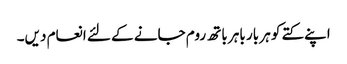
اپنے کتے کو ہر بار باہر باتھ روم جانے کے لئے انعام دیں۔